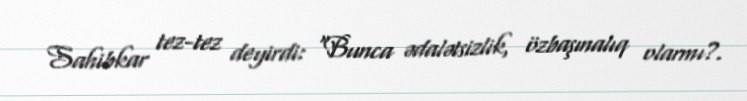
Sahibkar tez-tez deyirdi: “Bunca ədalətsizlik, özbaşınalıq olarmı?.